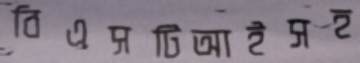
বিএসটিআইসহ